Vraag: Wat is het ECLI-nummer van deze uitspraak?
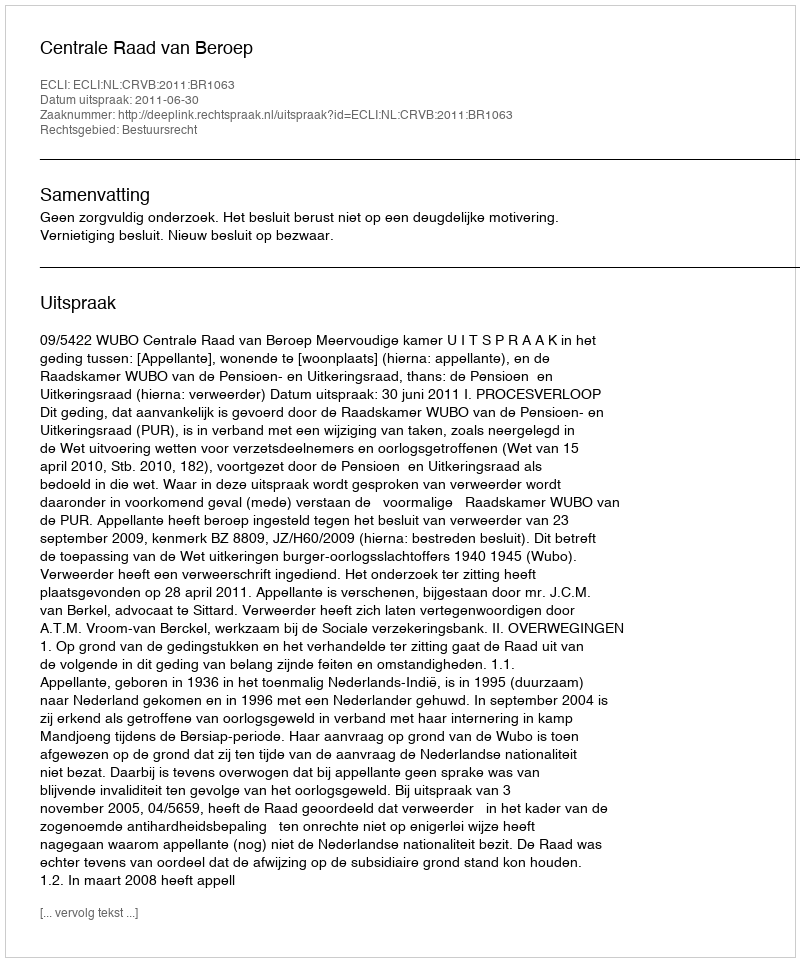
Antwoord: ECLI:NL:CRVB:2011:BR1063